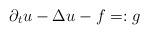
LaTeX: \begin{align*}\partial_t u - \Delta u - f =: g\end{align*}